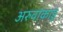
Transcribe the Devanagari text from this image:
अरुवांकाडू